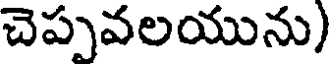
చెప్పవలయును)